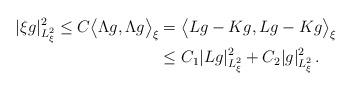
LaTeX: \begin{align*}|\xi g|^{2}_{L^{2}_{\xi}}\leq C \big<\Lambda g,\Lambda g\big>_{\xi}&=\big<L g-Kg,Lg-Kg\big>_{\xi}\\&\leq C_{1} |Lg|^{2}_{L^{2}_{\xi}}+C_{2}|g|^{2}_{L^{2}_{\xi}}\,.\end{align*}